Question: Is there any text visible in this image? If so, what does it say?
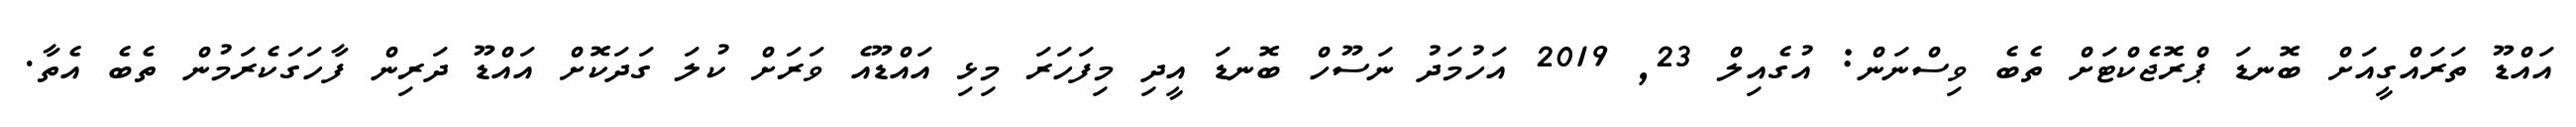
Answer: އައްޑޫ ތަރައްގީއަށް ބޮނޑަ ޕްރޮޖެކްޓަށް ތެބެ ވިސްނަން: އުގެއިލް 23, 2019 އަހުމަދު ނަސޫހް ބޮނޑަ އީދި މިފަހަރަ މިޅި އައްޑޫއެ ވަރަށް ކުލަ ގަދަކޮށް އައްޑޫ ދަރިން ފާހަގަކެރަމުން ތެބެ އެތާ.